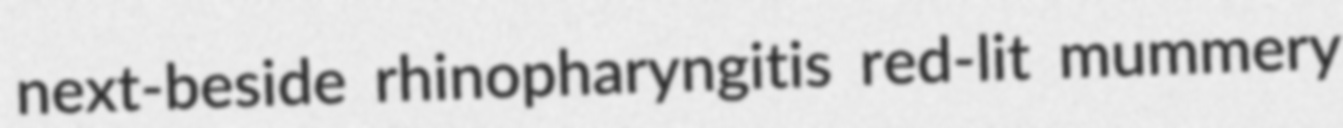
next-beside rhinopharyngitis red-lit mummery